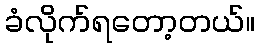
ခံလိုက်ရတော့တယ်။